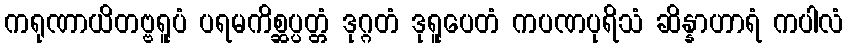
ကရုဏာယိတဗ္ဗရူပံ ပရမကိစ္ဆပ္ပတ္တံ ဒုဂ္ဂတံ ဒုရူပေတံ ကပဏပုရိသံ ဆိန္နာဟာရံ ကပါလံ